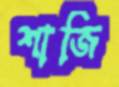
শাজি